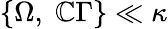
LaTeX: \left\{ \Omega,\; \mathbb{C}\Gamma\right\} \ll\kappa